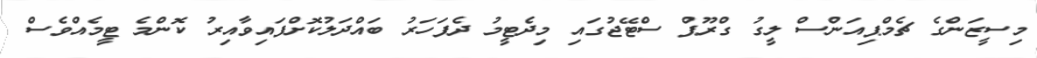
މިސީޒަންގެ ޗެމްޕިއަންސް ލީގު ގްރޫޕް ސްޓޭޖުގައި މިދެޓީމު ދެފަހަރު ބައްދަލުކޮށްފައިވާއިރު ކޮންމެ ޓީމެއްވެސް